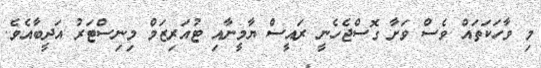
މި ވާހަކަތައް ވެސް ވަށާ ގޮސްޖެހެނީ ރައީސް ޔާމީނާއި ޓުއަރިޒަމް މިނިސްޓަރު އަދީބާއެވެ.